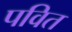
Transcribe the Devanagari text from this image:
पवित